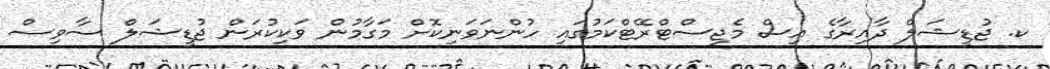
ކ. ޖުޑީޝަލް ދާއިރާގެ އިސް މެޖިސްޓްރޭޓްކަމުގައި ހުންނަވަނިކޮށް މަގާމުން ވަކިކުރަން ޖުޑީޝަލް ސާވިސް